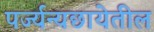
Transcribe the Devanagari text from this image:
पर्ज्यन्यछायेतील